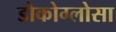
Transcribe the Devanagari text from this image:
डोकोग्लोसा